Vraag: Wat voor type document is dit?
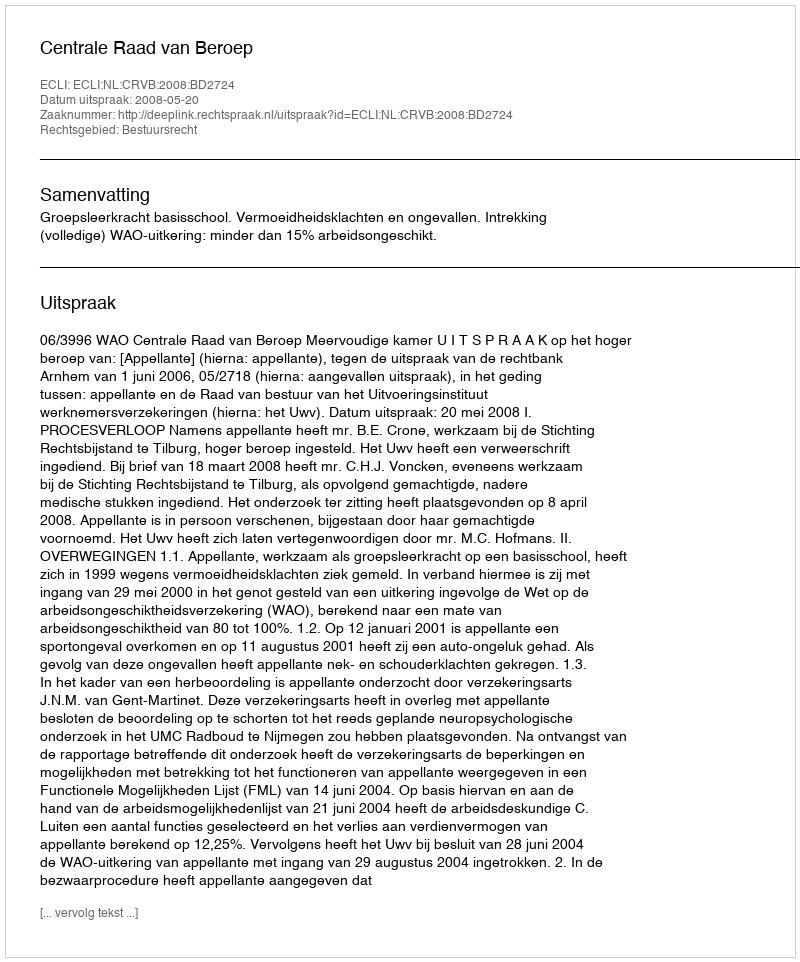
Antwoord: Uitspraak